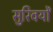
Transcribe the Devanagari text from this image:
सुरिवर्यों